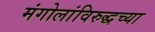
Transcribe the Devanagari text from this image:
मंगोलांविरुद्धच्या